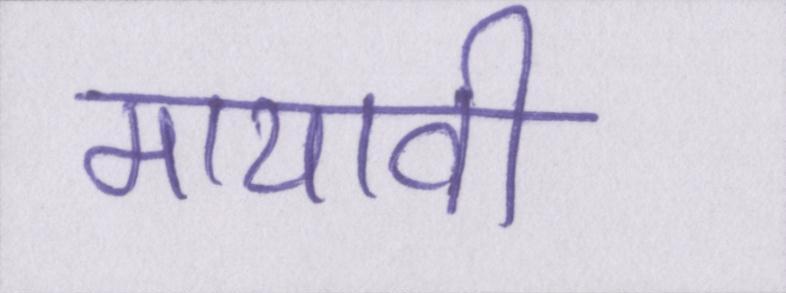
मायावी